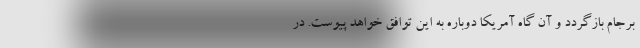
برجام بازگردد و آن گاه آمریکا دوباره به این توافق خواهد پیوست. در